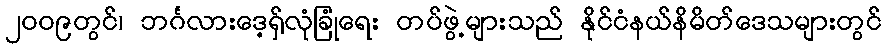
၂၀၀၉တွင်၊ ဘင်္ဂလားဒေ့ရှ်လုံခြုံရေး တပ်ဖွဲ့များသည် နိုင်ငံနယ်နိမိတ်ဒေသများတွင်